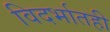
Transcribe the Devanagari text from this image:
विदर्भातही